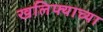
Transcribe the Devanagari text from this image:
खलिफ्याच्या